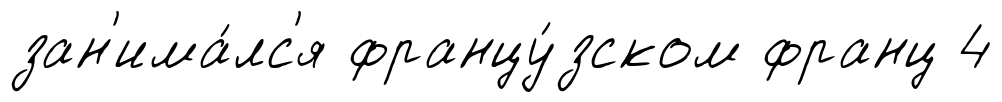
зан'има́лс'я францу́зском франц 4